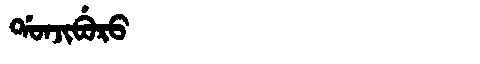
Manchu: ᡩᠣᠨᠵᡳᠪᡠᡵᠣ
Romanization: DONJIBURO